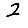
Digit: 2